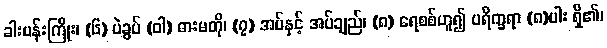
ခါးပန်းကြိုး၊ (၆) ပဲခွပ် (ဝါ) ဓားမတို၊ (၇) အပ်နှင့် အပ်ချည်၊ (၈) ရေစစ်ဟူ၍ ပရိက္ခရာ (၈)ပါး ရှိ၏၊